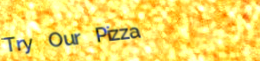
Try Our Pizza